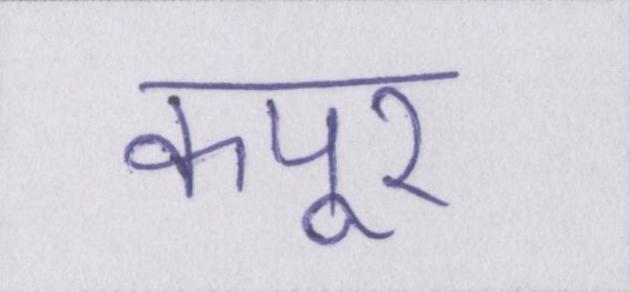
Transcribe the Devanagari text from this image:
कपूर